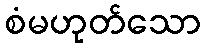
စံမဟုတ်သော